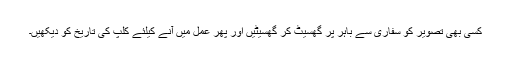
کسی بھی تصویر کو سفاری سے باہر پر گھسیٹ کر گھسیٹیں اور پھر عمل میں آنے کیلئے کلپ کی تاریخ کو دیکھیں۔